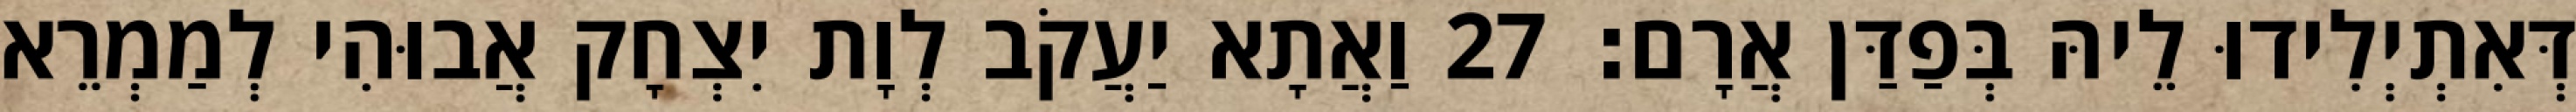
דְּאִתְיְלִידוּ לֵיהּ בְּפַדַּן אֲרָם׃ 27 וַאֲתָא יַעֲקֹב לְוָת יִצְחָק אֲבוּהִי לְמַמְרֵא